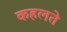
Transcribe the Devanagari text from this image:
कहलते